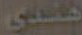
هندي